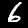
Digit: 6